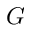
G